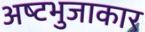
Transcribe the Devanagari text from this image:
अष्‍टभुजाकार